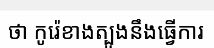
ថា កូរ៉េខាងត្បូងនឹងធ្វើការ